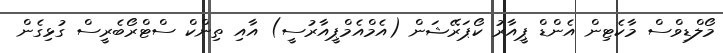
މޯލްޑިވްސް މާކެޓިން އެންޑް ޕީއާރު ކޯޕަރޭޝަން (އެމްއެމްޕީއާރުސީ) އާއި ތިންކް ސްޓްރޯބެރީސް ގުޅިގެން